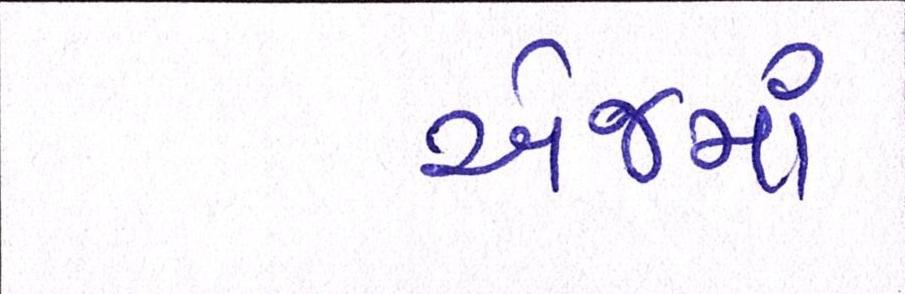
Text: એજમાં